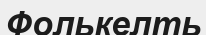
Фолькелть